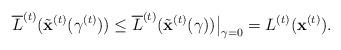
LaTeX: \begin{align*}\overline{L}^{(t)}(\tilde{\mathbf{x}}^{(t)}(\gamma^{(t)}))\leq\overline{L}^{(t)}(\tilde{\mathbf{x}}^{(t)}(\gamma))\bigr|_{\gamma=0}=L^{(t)}(\mathbf{x}^{(t)}).\end{align*}